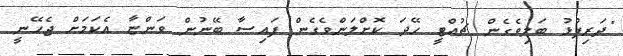
"ދަރިފުޅު ބަލިވެގެން ޗުއްޓީ ހޭދަ ކޮށްލަންވެގެން ފައިސާ ބޭނުން ވަންޏާ އެކަމަށް ޖެހޭނީ